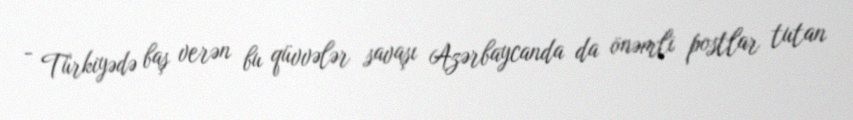
- Türkiyədə baş verən bu qüvvələr savaşı Azərbaycanda da önəmli postlar tutan